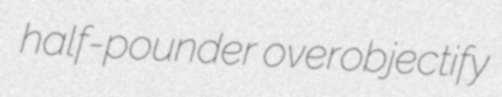
half-pounder overobjectify